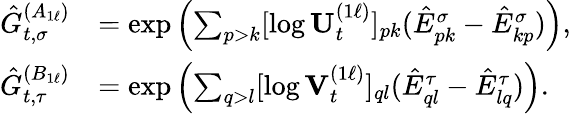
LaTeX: \begin{array}{rl}{\hat{G}_{t,\sigma}^{(A_{1\ell})}}&{=\exp\left(\sum_{p>k}[\log\mathbf{U}_{t}^{(1\ell)}]_{pk}(\hat{E}_{pk}^{\sigma}-\hat{E}_{kp}^{\sigma})\right),}\\ {\hat{G}_{t,\tau}^{(B_{1\ell})}}&{=\exp\left(\sum_{q>l}[\log\mathbf{V}_{t}^{(1\ell)}]_{ql}(\hat{E}_{ql}^{\tau}-\hat{E}_{lq}^{\tau})\right).}\end{array}